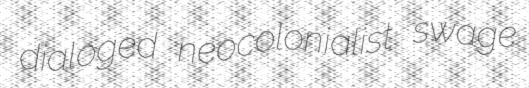
dialoged neocolonialist swage